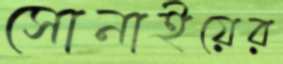
সোনাইয়ের